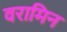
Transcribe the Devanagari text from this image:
वरामिन